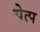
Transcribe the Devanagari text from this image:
येत्प